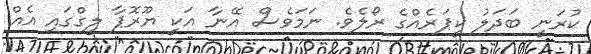
ކުރަނީ ބަދަލު ކީޕަރެއްގެ ރޯލެވެ. ނަމަވެސް އޭނާ އަކީ ޔޫރޮޕާ ލީގްގައި އެއް